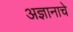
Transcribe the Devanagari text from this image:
अज्ञानाचे